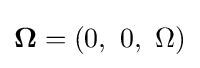
{\boldsymbol {\Omega }}=(0,\ 0,\ \Omega )